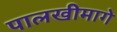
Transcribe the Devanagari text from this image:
पालखीमागे